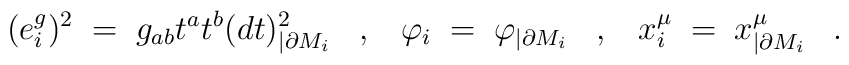
(e^g_{i})^2\; =\; g_{ab}t^at^b(dt)^2_{|\partial M_i}\;\;\;,\;\;\; \varphi_i \;=\; \varphi_{|\partial M_i}\;\;\;, \;\;\; x^{\mu}_i \;= \; x^{\mu}_{|\partial M_i}\;\;\;.